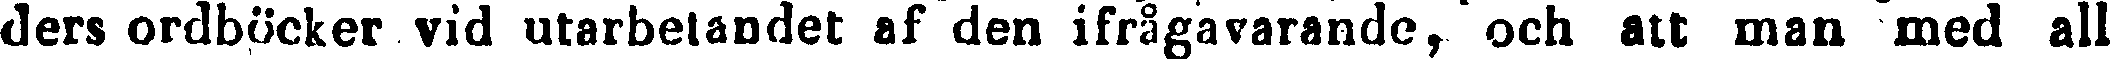
ders ordböcker vid utarbetandet af den ifrågavarande, och att man med all